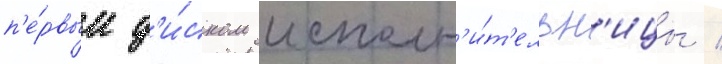
п'е́рвым д'и́ском исполн'и́т'ельн'ицы /